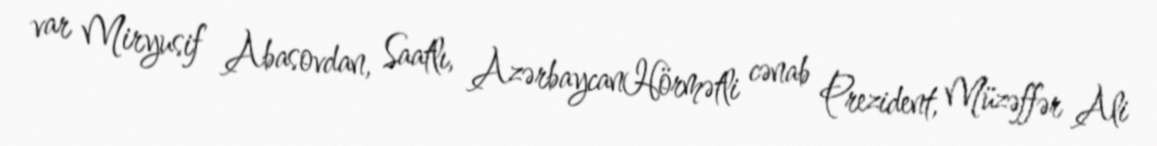
var Miryusif Abasovdan, Saatlı, AzərbaycanHörmətli cənab Prezident, Müzəffər Ali